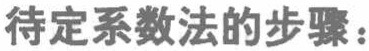
待定系数法的步骤：